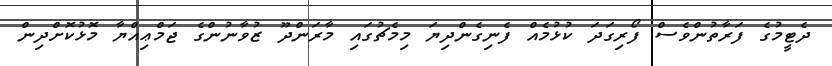
ދެޓީމުގެ ފަރާތުންވެސް ފޯރިގަދަ ކުޅުމެއް ފެނިގެންދިޔަ މިމެޗުގައި މާރަންދޫ ޒުވާނުންގެ ޖަމްޢިއްޔާ މޮޅުކޮށްދިން